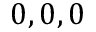
0 , 0 , 0